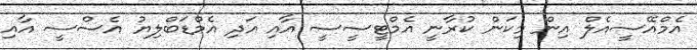
އެމްއޭސީއެލް އިން މިކަން ކުރާނީ އެމްޓީސީސީ އާއި އަދި އެމްޑަބްލިޔު އެސްސީ އާއި